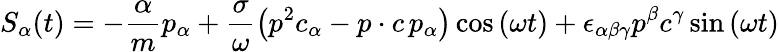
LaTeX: S_{\alpha}(t)=-\frac\alpha mp_{\alpha}+\frac\sigma\omega\left(p^{2}c_{\alpha}-p\cdot c\, p_{\alpha}\right)\cos\left(\omega t\right)+\epsilon_{\alpha\beta\gamma}p^{\beta}c^{\gamma}\sin\left(\omega t\right)